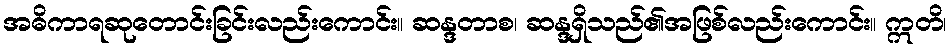
အဓိကာရဆုတောင်းခြင်းလည်းကောင်း။ ဆန္ဒတာစ၊ ဆန္ဒရှိသည်၏အဖြစ်လည်းကောင်း။ ဣတိ၊